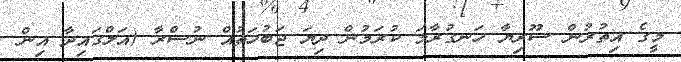
މީގެ އިތުރުން ސޫރިޔާ ހަނގުރާމަ ކުރަމުން ދިޔަ ޖަބުހަތުއް ނުސްރާ (އަލްގައިދާ އިން